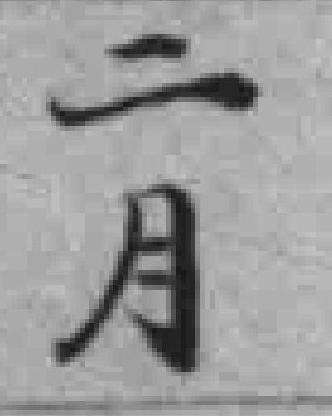
二月